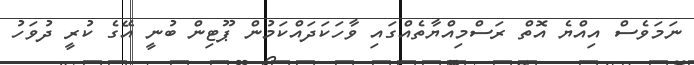
ނަމަވެސް އިއްޔެ އޮތް ރަސްމިއްޔާތެއްގައި ވާހަކަދައްކަމުން ޕޫޓިން ބުނީ އޭގެ ކުރީ ދުވަހު